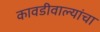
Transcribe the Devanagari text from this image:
कावडीवाल्यांचा